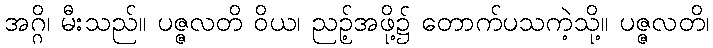
အဂ္ဂိ၊ မီးသည်။ ပဇ္ဇလတိ ဝိယ၊ ညဉ့်အဖို့၌ တောက်ပသကဲ့သို့။ ပဇ္ဇလတိ၊